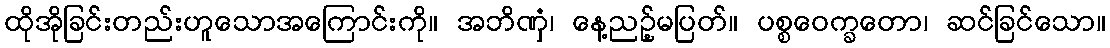
ထိုအိုခြင်းတည်းဟူသောအကြောင်းကို။ အဘိဏှံ၊ နေ့ညဉ့်မပြတ်။ ပစ္စဝေက္ခတော၊ ဆင်ခြင်သော။